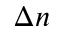
\Delta n